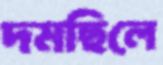
দমছিলে